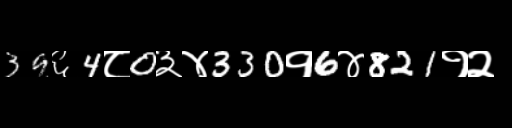
Text: 39६4८0३४330१6४821१२